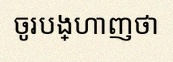
ចូរបង្ហាញថា